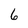
Character: 6